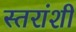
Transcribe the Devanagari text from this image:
स्तरांशी